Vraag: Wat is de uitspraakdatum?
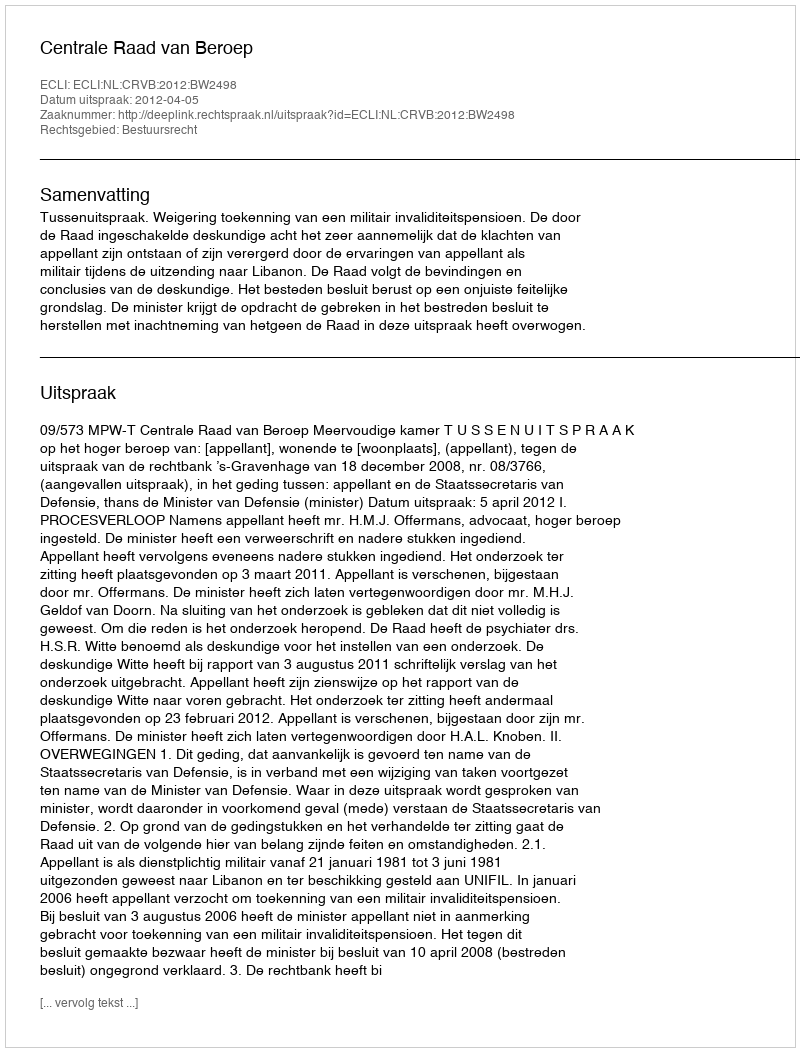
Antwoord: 2012-04-05